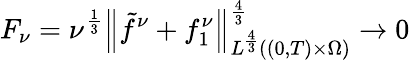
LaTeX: F_{\nu}=\nu^{\frac 13}\left\lVert\tilde{f}^{\nu}+f_{1}^{\nu}\right\rVert_{L^{\frac 43}((0,T)\times\Omega)}^{\frac 43}\to 0